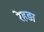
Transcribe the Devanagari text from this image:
रेहड़ा